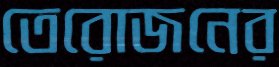
তেরোজনের